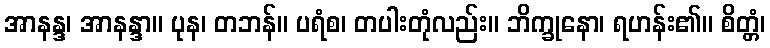
အာနန္ဒ၊ အာနန္ဒာ။ ပုန၊ တဘန်။ ပရံစ၊ တပါးတုံလည်း။ ဘိက္ခုနော၊ ရဟန်း၏။ စိတ္တံ၊